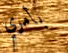
بأمري